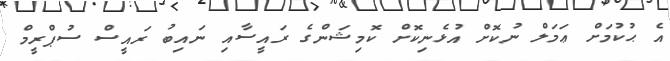
އެ ޙުކުމަށް ޢަމަލް ނުކޮށް އުޅެނިކޮށް ކޮމިޝަންގެ ރައީސާއި ނައިބު ރައީސް ސުޕްރީމް